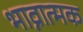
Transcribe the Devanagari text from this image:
भाव्नात्मक